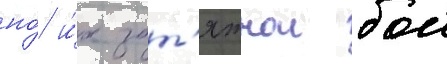
но́ и́х зат'яжнои бои